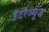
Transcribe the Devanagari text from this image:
इंटरव्यूज